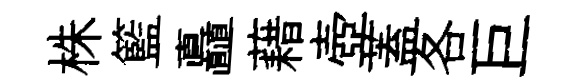
株籃矗藉壺蓋各巨